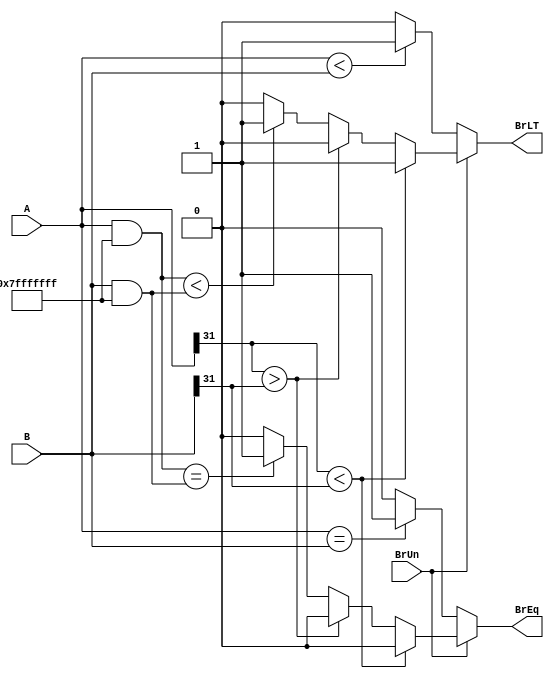
module BranchComp (A,B,BrUn,BrEq,BrLT);

parameter WIDTH_DATA_LENGTH = 32;

input wire [WIDTH_DATA_LENGTH-1:0] A;
input wire [WIDTH_DATA_LENGTH-1:0] B;
input wire BrUn;

output reg BrEq;
output reg BrLT;

reg [WIDTH_DATA_LENGTH-1:0] C ;
reg [WIDTH_DATA_LENGTH-1:0] D ;

always @ (*) begin

if (BrUn) begin
if ( A[31] < B[31] ) 
begin 
BrEq = 1'd0;
BrLT = 1'd1;
end
else if ( A[31] > B[31] )
begin 
BrEq = 1'd0;
BrLT = 1'd0;
end	
else begin
C = A & 32'h7fffffff;
D = B & 32'h7fffffff;	 
BrEq = (C==D)? 1'd1: 1'd0;
BrLT = (C<D) ? 1'd1 : 1'd0;
end 
end
else begin
BrEq = (A==B)? 1'd1: 1'd0;
BrLT = (A<B) ? 1'd1 : 1'd0;
end
end
endmodule